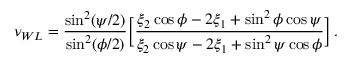
\nu _ { W L } = \frac { \sin ^ { 2 } ( \psi / 2 ) } { \sin ^ { 2 } ( \phi / 2 ) } \bigg [ \frac { \xi _ { 2 } \cos \phi - 2 \xi _ { 1 } + \sin ^ { 2 } \phi \cos \psi } { \xi _ { 2 } \cos \psi - 2 \xi _ { 1 } + \sin ^ { 2 } \psi \cos \phi } \bigg ] \, .